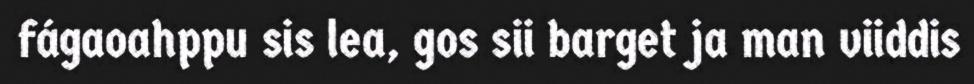
fágaoahppu sis lea, gos sii barget ja man viiddis